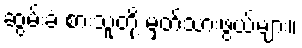
ဆွမ်းခံ စားသူတို့ မှတ်သားဖွယ်များ။